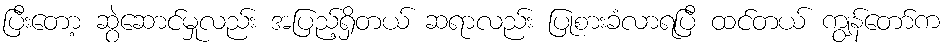
ပြီးတော့ ဆွဲဆောင်မှုလည်း အပြည့်ရှိတယ် ဆရာလည်း ပြုစားခံလာရပြီ ထင်တယ် ကျွန်တော်က